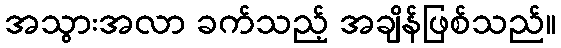
အသွားအလာ ခက်သည့် အချိန်ဖြစ်သည်။